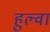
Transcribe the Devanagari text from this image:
हुल्वा